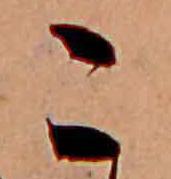
こ